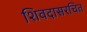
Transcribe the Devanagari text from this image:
शिवदासरचित